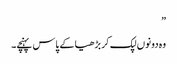
”
وہ دونوں لپک کر بڑھیا کے پاس پہنچے۔